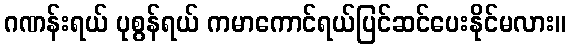
ဂဏန်းရယ် ပုစွန်ရယ် ကမာကောင်ရယ်ပြင်ဆင်ပေးနိုင်မလား။